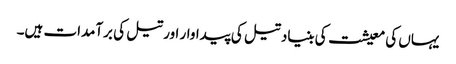
یہاں کی معیشت کی بنیاد تیل کی پیداوار اور تیل کی برآمدات ہیں۔